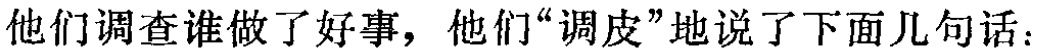
他们调查谁做了好事，他们“调皮”地说了下面几句话：